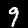
Label: 9